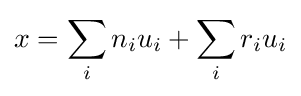
x=\sum _{i}n_{i}u_{i}+\sum _{i}r_{i}u_{i}